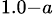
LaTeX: _{1.0-a}